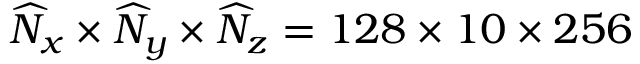
\widehat { N } _ { x } \times \widehat { N } _ { y } \times \widehat { N } _ { z } = 1 2 8 \times 1 0 \times 2 5 6